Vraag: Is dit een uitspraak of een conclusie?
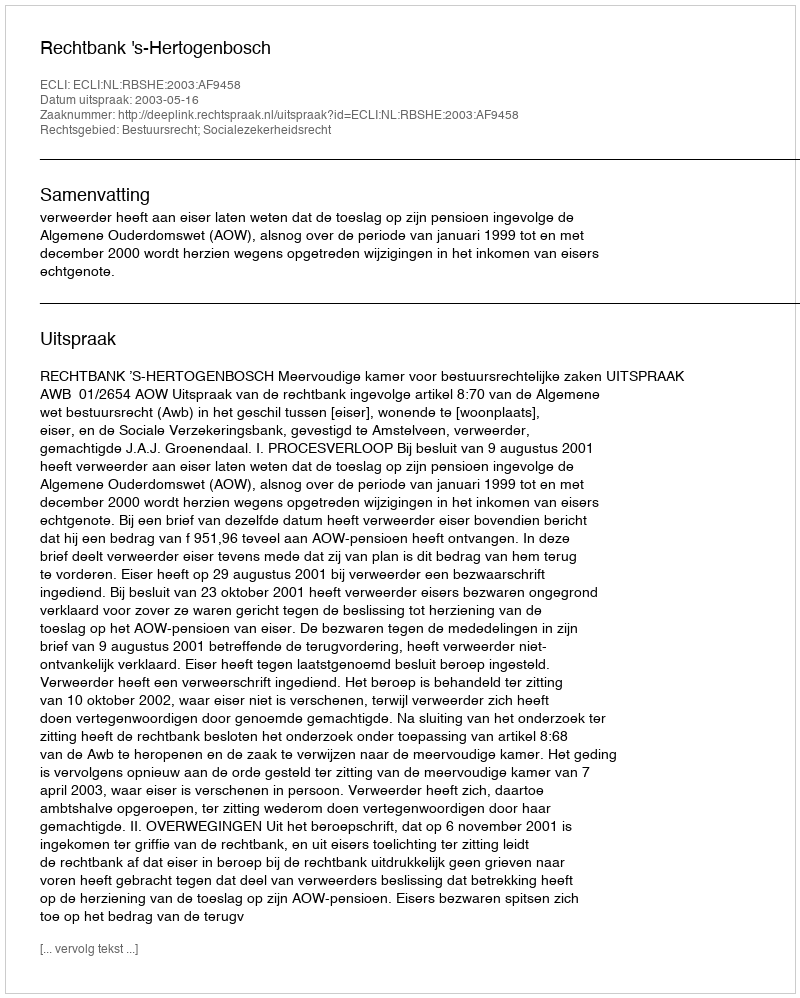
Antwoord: Uitspraak